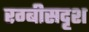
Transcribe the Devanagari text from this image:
रग्बीसदृश